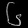
Digit: ၆